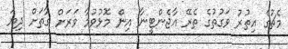
މެޗުގެ އިތުރު ވަގުތުގެ ތެރޭ އާޖެންޓީނާ އިން މޮޅުވުމާ ވަރަށް ގާތަށް ދިޔަ